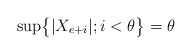
\begin{align*}\sup\bigr\{|X_{e+i}|;i<\theta\bigr\}=\theta\end{align*}